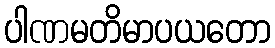
ပါဏမတိမာပယတော